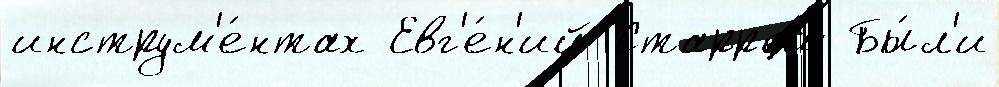
инструм'е́нтах Евг'е́н'ий Старром Бы́л'и